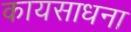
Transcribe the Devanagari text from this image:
कायसाधना